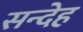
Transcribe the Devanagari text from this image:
सन्‍देह